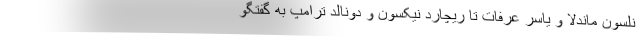
نلسون ماندلا و یاسر عرفات تا ریچارد نیکسون و دونالد ترامپ به گفتگو